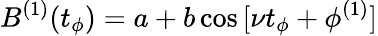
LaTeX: B^{(1)}(t_{\phi})=a+b\cos{[\nu t_{\phi}+\phi^{(1)}]}